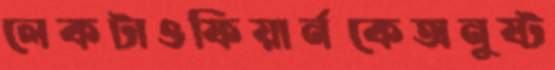
লেকটাওফিয়ার্নকেঅনুষ্ট